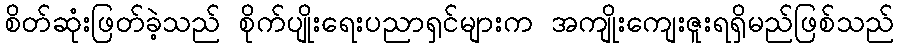
စိတ်ဆုံးဖြတ်ခဲ့သည် စိုက်ပျိုးရေးပညာရှင်များက အကျိုးကျေးဇူးရရှိမည်ဖြစ်သည်